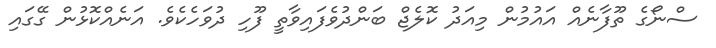
ސްނޯގެ ތޫފާނެއް އައުމުން މިއަދު ކޮލެޖް ބަންދުވެފައިވާތީ ފޫހި ދުވަހެކެވެ. އަނެއްކޮޅުން ގޭގައި